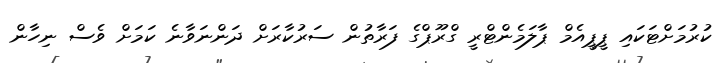
ކުރުމަށްޓަކައި ޕީޕީއެމް ޕާލަމެންޓްރީ ގްރޫޕްގެ ފަރާތުން ސަރުކާރަށް ދަންނަވާނެ ކަމަށް ވެސް ނިހާން